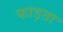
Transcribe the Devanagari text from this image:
फाड़ता